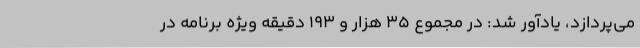
می‌پردازد، یادآور شد: در مجموع 35 هزار و 193 دقیقه ویژه برنامه در